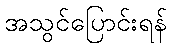
အသွင်ပြောင်းရန်